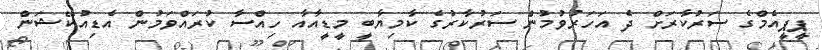
ޕީޕީއެމްގެ ސަރުކާރަށް ދެ އަހަރުވުމުން ސަރުކާރުގެ ކާމިޔާބީ މީޑީއާއާ ހިއްސާ ކުރައްވަމުން އެޑިއުކޭޝަން